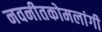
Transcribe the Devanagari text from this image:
नवनीतकोमलांगी